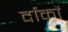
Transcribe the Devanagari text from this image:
र्दांकों